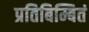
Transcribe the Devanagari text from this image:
प्रतिबिम्बितं